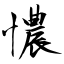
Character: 憹